system: You are a helpful assistant.
user:
Analyze the provided spectrum to determine if it is a **"Cataclysmic Variables (CV)"**.

- **Key Indicators for CV (Check for either state):**
    - **State 1: Quiescent / Low-State (Emission-Dominated)**
        - **(Primary):** Strong and *very broad* Hydrogen Balmer emission lines (e.g., $H\alpha$ at 6563 Å, $H\beta$ at 4861 Å). The 'broadness' (high velocity dispersion, often FWHM > 1000 km/s) is the key diagnostic, indicating a high-velocity accretion disk.
        - **(Secondary):** Broad neutral Helium (He I) emission lines (e.g., 5876 Å, 6678 Å).
        - **(Key Confirmation):** Presence of high-excitation *ionized* Helium (He II) emission at 4686 Å. This is a strong indicator of accretion onto a white dwarf.
        - **(Line Profile):** Emission lines may exhibit a 'double-peaked' profile, which is a classic signature of a rotating accretion disk viewed at high inclination.

    - **State 2: Outburst / High-State (Absorption-Dominated)**
        - **(Primary):** Spectrum is dominated by a bright, blue continuum (looks like a hot star).
        - **(Secondary):** The emission lines from State 1 are weak, absent, or 'filled in', and are replaced by broad, shallow *absorption* lines (primarily Balmer and He I).
        - **(Morphology):** The overall spectrum mimics a hot B/A-type star. The crucial difference is that the absorption lines are significantly broader, shallower, and more 'washed-out' (or 'smeared') than the sharp lines of a normal stellar photosphere, due to high rotational speeds and pressure broadening in the disk.

Think first, call **spectral_visualization_tool** if needed to examine features in detail, then provide your final answer. Your response must adhere to the following strict rules:
1.  **Overall Structure:** Your response must follow the format `<think>...</think> <tool_call>...</tool_call> (if a tool is used) <answer>...</answer>`.
2.  **Tool Usage Constraint:** You may only make **one** tool call per turn.
3.  **Final Answer Format:** In the `<answer>` tag, your conclusion must be inside a `\boxed{}` command (e.g., `\boxed{YES}`), followed by your justification.

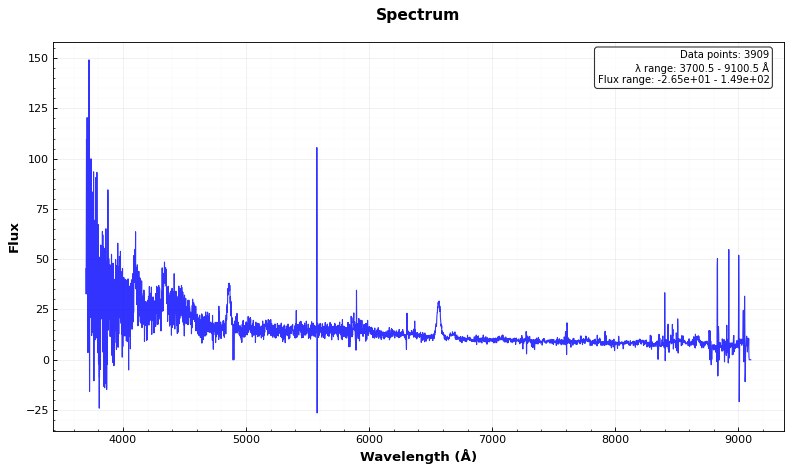
Answer: YES